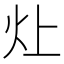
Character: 𬉷